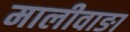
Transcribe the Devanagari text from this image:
मालीवाङा